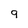
Character: g